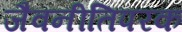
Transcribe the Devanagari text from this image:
जैवनीतिपरक